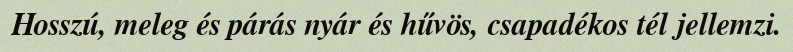
Hosszú, meleg és párás nyár és hűvös, csapadékos tél jellemzi.